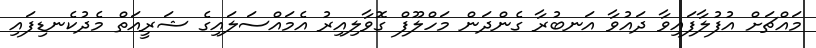
މައްޗަށް އުފުލާފައިވާ ދައުވާ އަނބުރާ ގެންދަން މަހްލޫފް ގޮވާލިއިރު އެމައްސަލައިގެ ޝަރީއަތް މެދުކެނޑިފައި